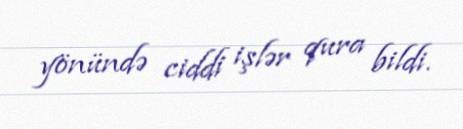
yönündə ciddi işlər qura bildi.